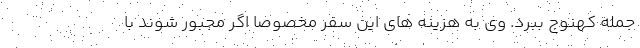
جمله کهنوج ببرد. وی به هزینه های این سفر مخصوصا اگر مجبور شوند با